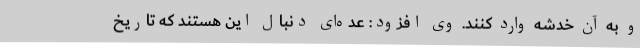
و به آن خدشه وارد کنند. وی افزود: عده‌ای دنبال این هستند که تاریخ